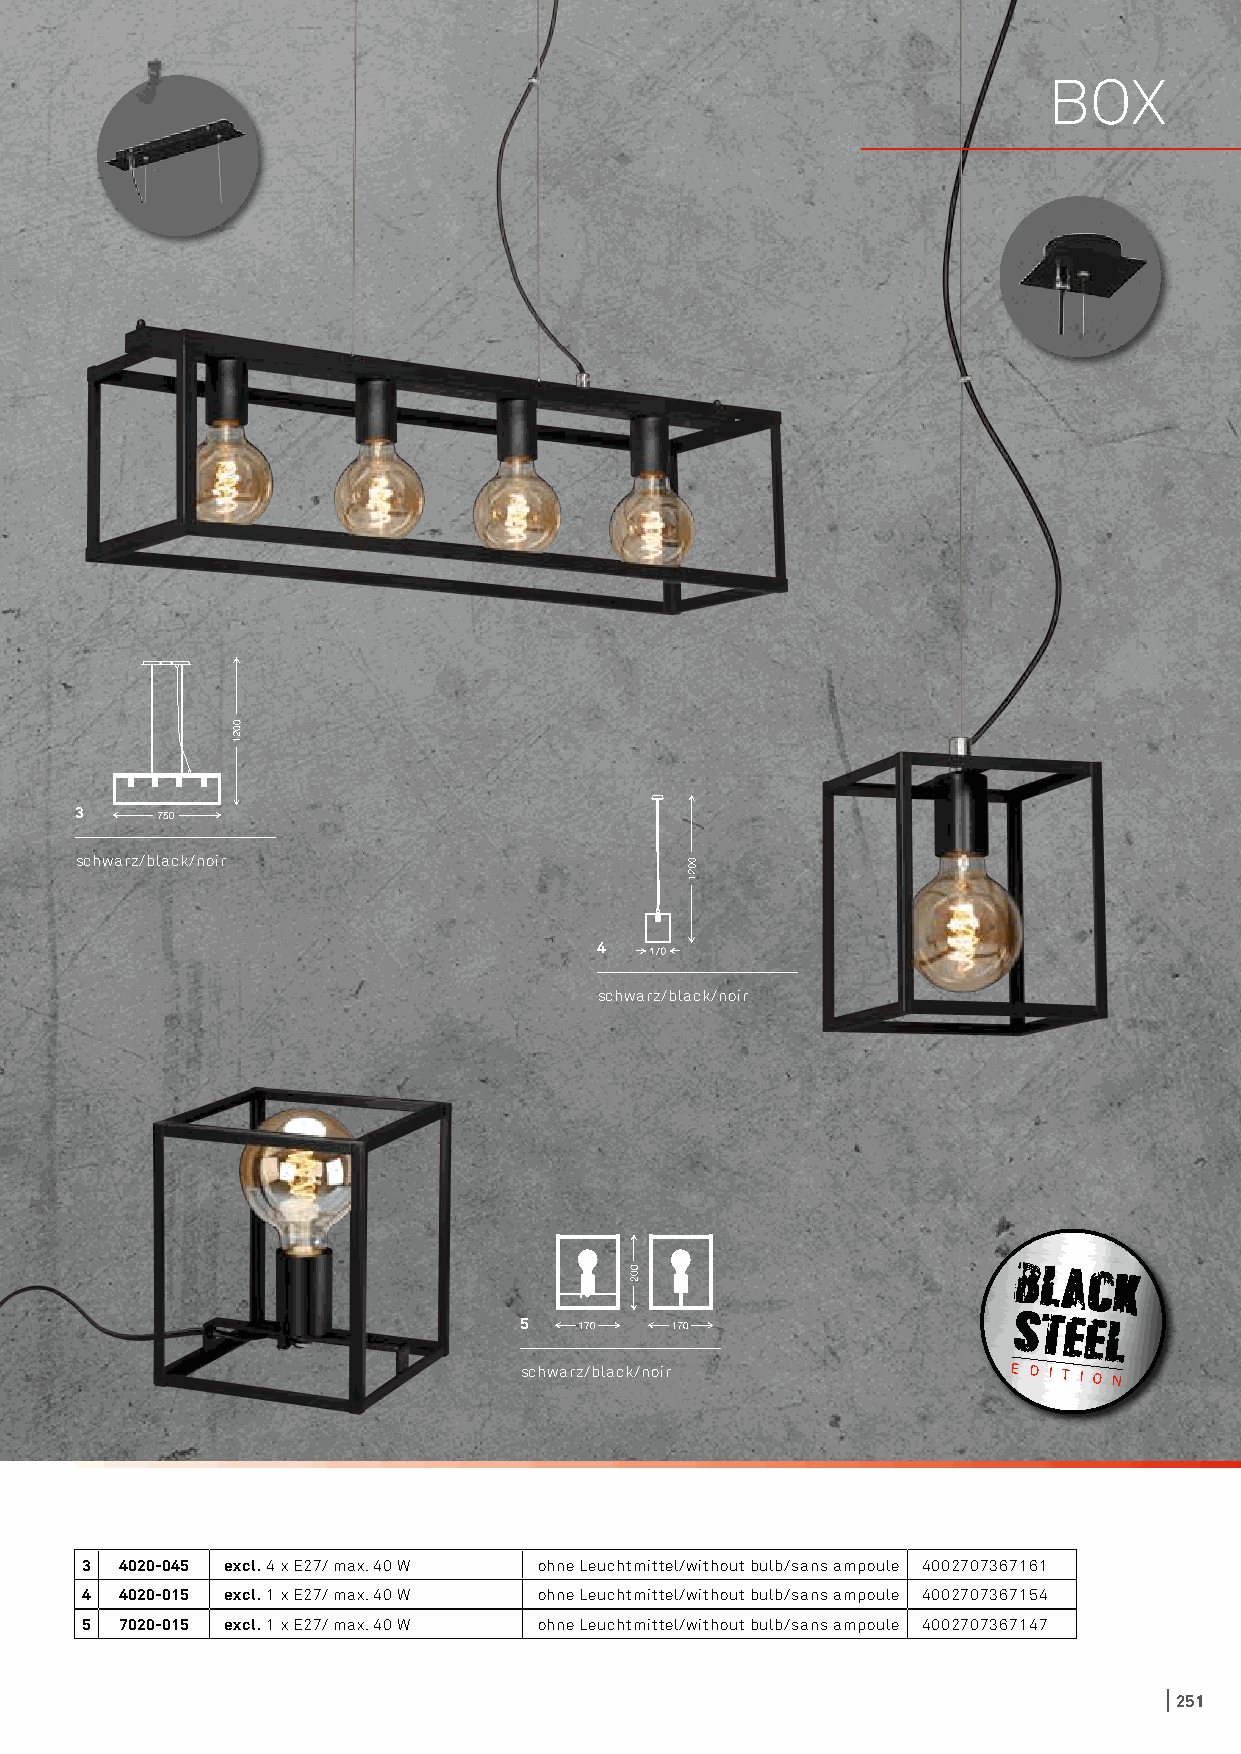
BOX
 3
 schwarz/black/noir
 4
 schwarz/black/noir
 5
 schwarz/black/noir               E D I T I O N
 3  4020-045 excl. 4 x E27/ max. 40 W ohne Leuchtmittel/without bulb/sans ampoule 4002707367161
 4  4020-015 excl. 1 x E27/ max. 40 W ohne Leuchtmittel/without bulb/sans ampoule 4002707367154
 5  7020-015 excl. 1 x E27/ max. 40 W ohne Leuchtmittel/without bulb/sans ampoule 4002707367147
 251